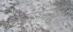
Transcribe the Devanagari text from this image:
स्टिनोसिसमुळे